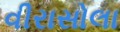
વીરાસોલા